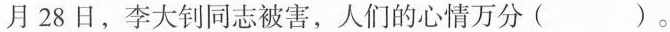
月28日，李大钊同志被害，人们的心情万分()。